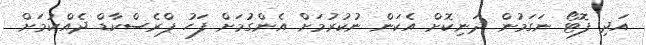
އަދި ފޮޓޯ ނަގަމުން ދަނިކޮށް އެކަން ނުކުރުމަށް އެންގުމަށް ފަހު ޕްރެސްކާޑް ދެއްކުމަށް